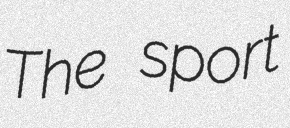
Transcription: The sport